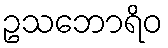
ဥသဘောရိဝ